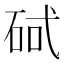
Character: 𮀕